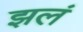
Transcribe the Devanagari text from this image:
झलं